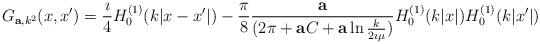
LaTeX: \begin{align*}G_{{\bf a}, k^2}(x,x')={\imath \over 4}H^{(1)}_0(k|x-x'|)-{\pi\over 8}{ {\bf a}\over (2\pi +{\bf a} C+{\bf a} \ln {k\over 2\imath \mu})}H^{(1)}_0(k|x|)H^{(1)}_0(k|x'|)\end{align*}